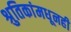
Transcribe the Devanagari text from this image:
श्रुतिकांमधूनही